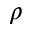
\rho